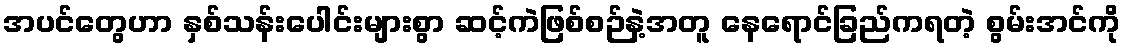
အပင်တွေဟာ နှစ်သန်းပေါင်းများစွာ ဆင့်ကဲဖြစ်စဉ်နဲ့အတူ နေရောင်ခြည်ကရတဲ့ စွမ်းအင်ကို